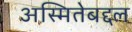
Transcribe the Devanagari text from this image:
अस्मितेबद्दल